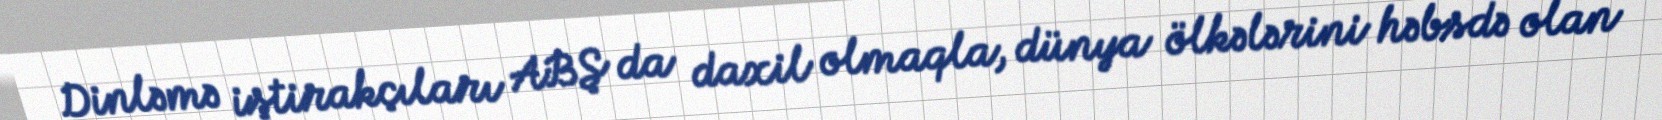
Dinləmə iştirakçıları ABŞ da daxil olmaqla, dünya ölkələrini həbsdə olan